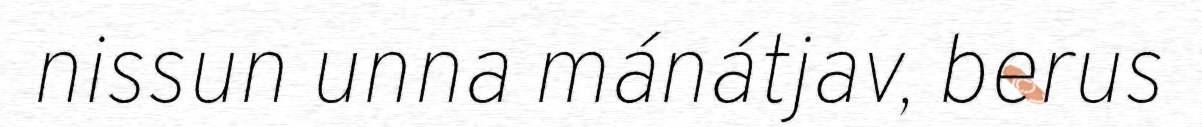
nissun unna mánátjav, berus